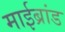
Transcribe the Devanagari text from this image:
माईब्रांड